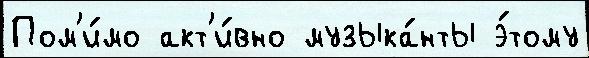
Пом'и́мо акт'и́вно музыка́нты э́тому